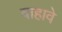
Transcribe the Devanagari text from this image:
वाहावे